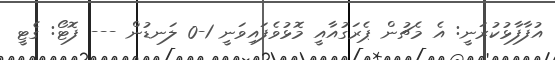
އުފާފާޅުކުރަނީ: އެ މެޗުން ޕެރަގުއާއީ މޮޅުވެފައިވަނީ 1-0 ލަނޑުން --- ފޮޓޯ: ގެޓީ